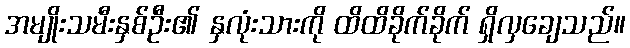
အမျိုးသမီးနှစ်ဦး၏ နှလုံးသားကို ထိထိခိုက်ခိုက် ရှိလှချေသည်။